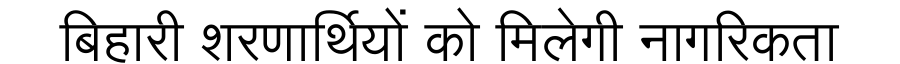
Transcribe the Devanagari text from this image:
बिहारी शरणार्थियों को मिलेगी नागरिकता